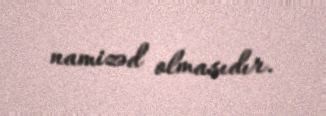
namizəd olmasıdır.